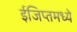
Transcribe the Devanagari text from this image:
ईजिप्तमध्ये